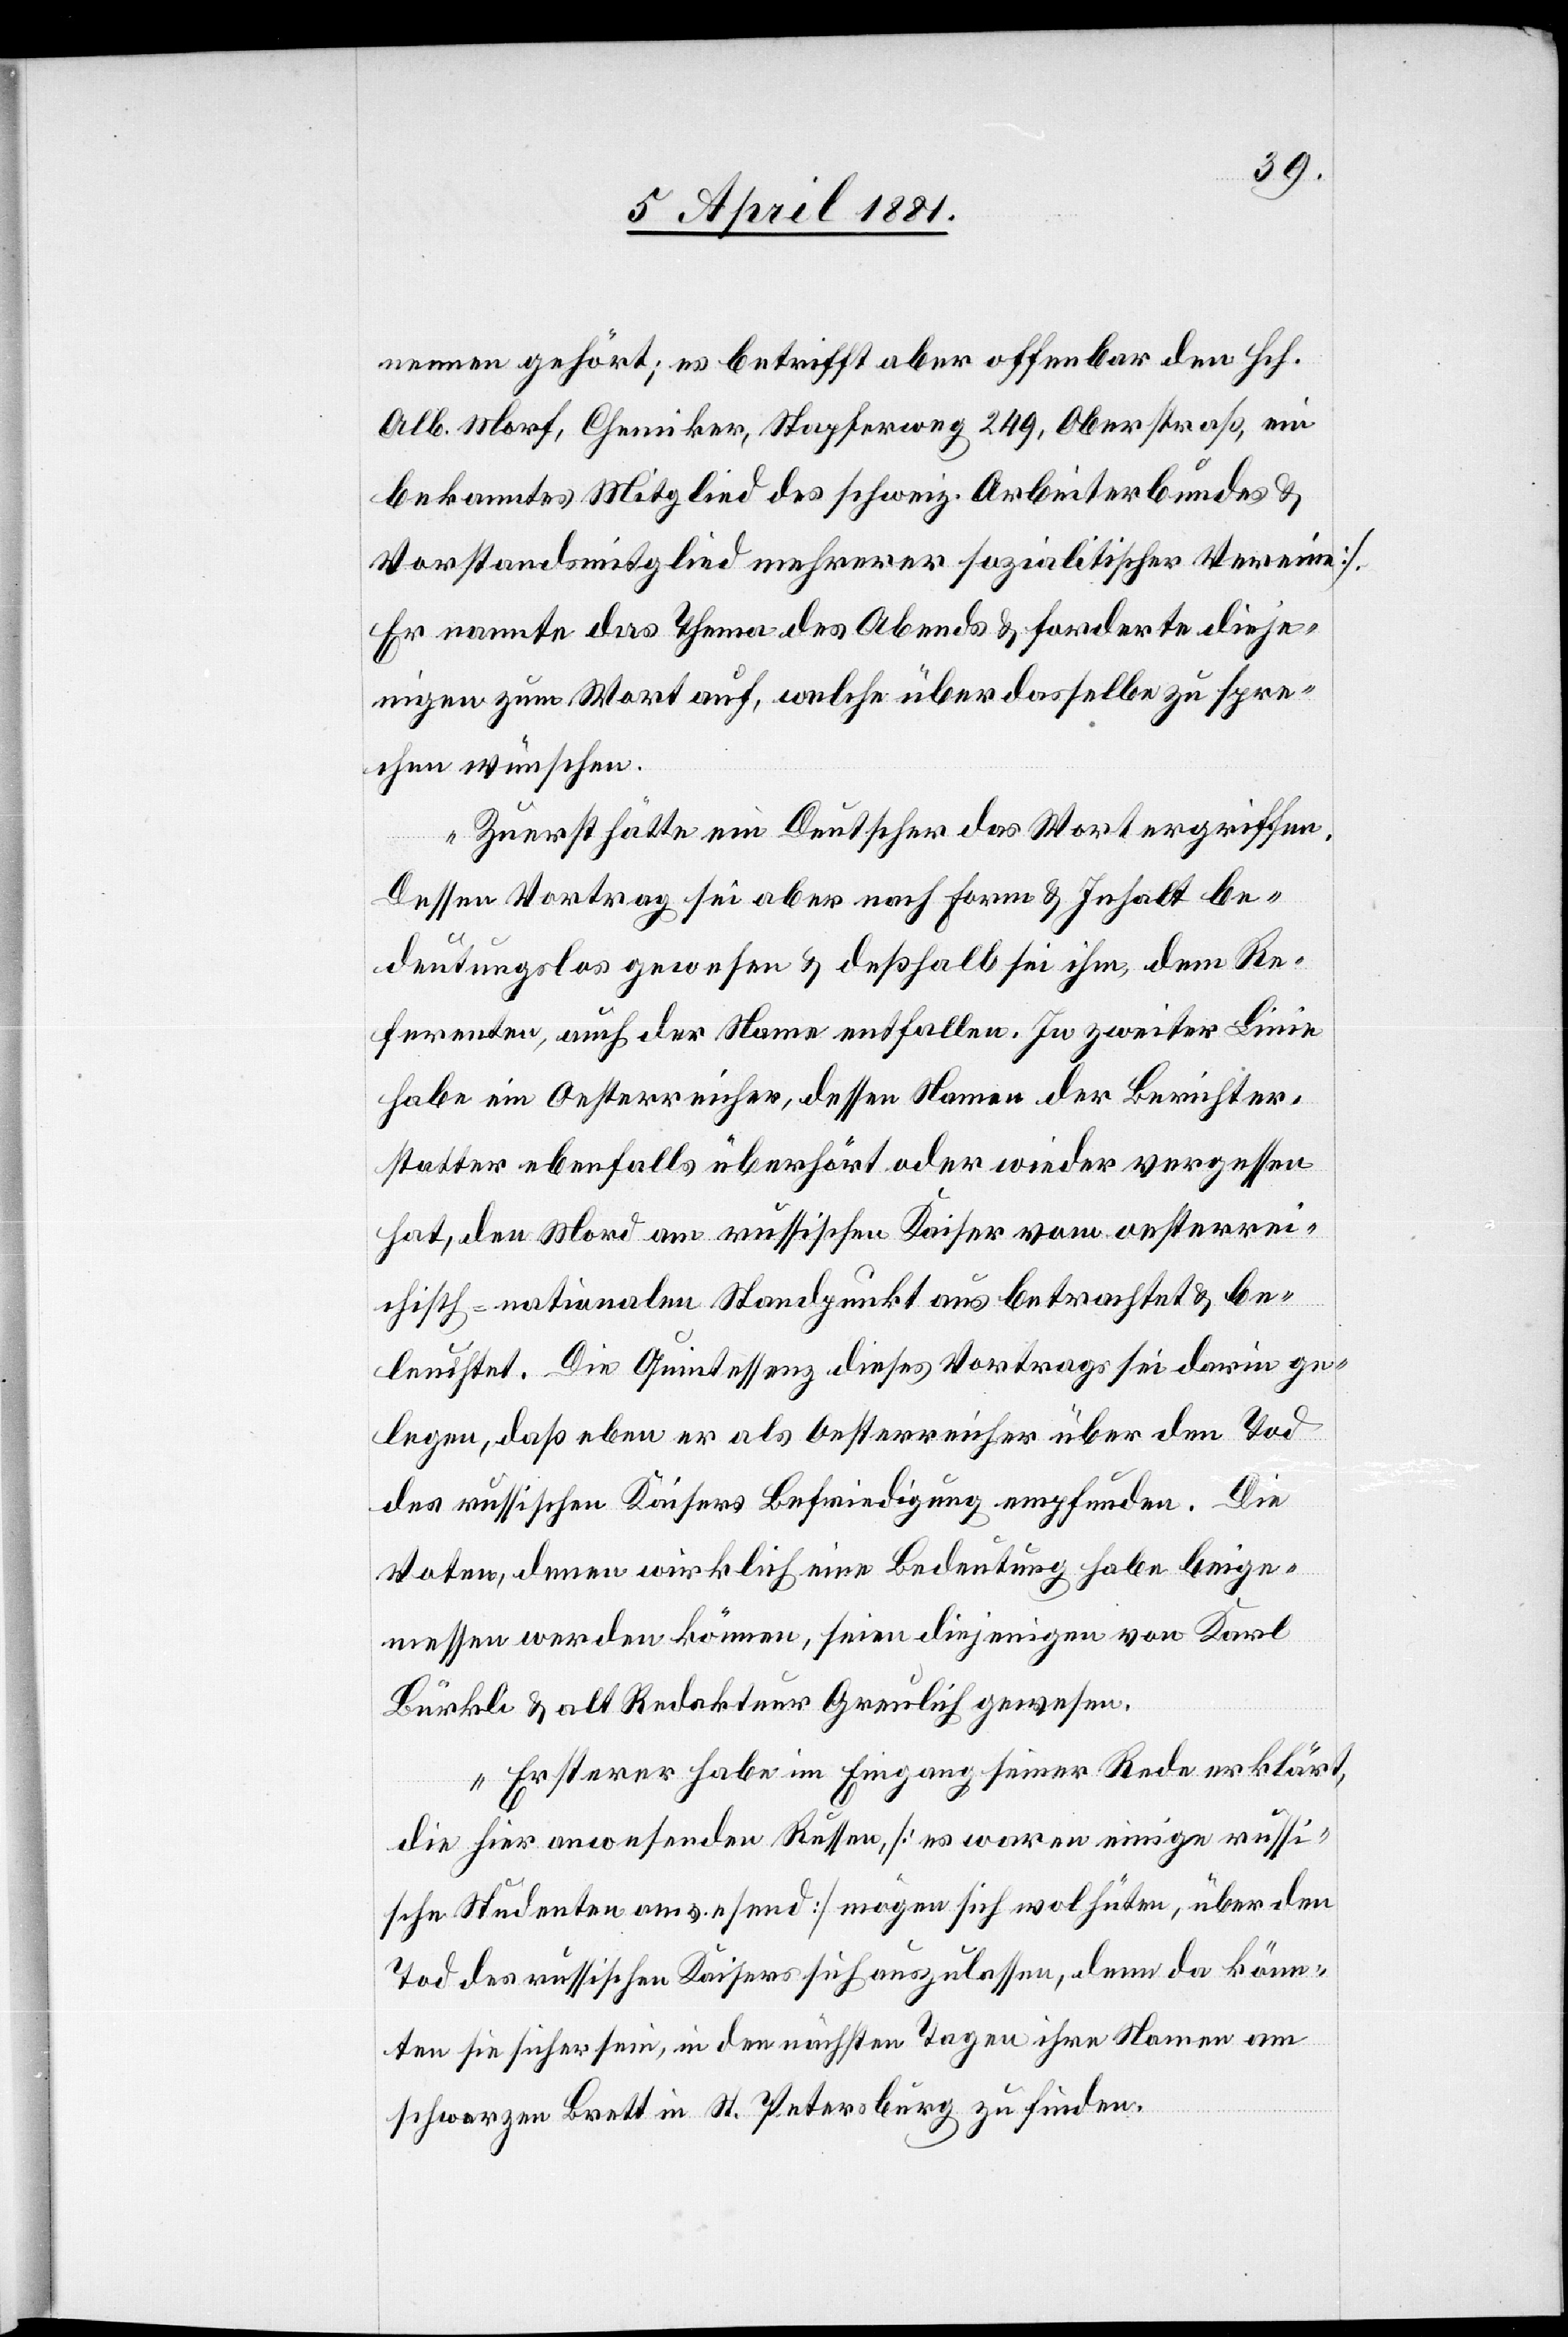
nennen gehört; es betrifft aber offenbar den Hch.
Alb. Morf, Chemiker, Stapferweg 249, Oberstraß, ein
bekanntes Mitglied des schweiz. Arbeiterbundes &
Vorstandsmitglied mehrerer soziali[s]tischer Vereine].
Er nannte das Thema des Abends & forderte dieje¬
nigen zum Wort auf, welche über dasselbe zu spre¬
chen wünschen.
Zuerst hätte ein Deutscher das Wort ergriffen.
Dessen Vortrag sei aber nach Form & Inhalt be¬
deutungslos gewesen & deßhalb sei ihm, dem Re¬
ferenten, auch der Name entfallen. In zweiter Linie
habe ein Oesterreicher, dessen Name der Berichter¬
statter ebenfalls überhört oder wieder vergessen
hat, den Mord am russischen Kaiser vom oesterrei¬
chisch-nationalen Standpunkt aus betrachtet & be¬
leuchtet. Die Quintessenz dieses Vortrags sei darin ge¬
legen, daß eben er als Oesterreicher über den Tod
des russischen Kaisers Befriedigung empfunden. Die
Voten, denen wirklich eine Bedeutung habe beige¬
messen werden können, seien diejenigen von Karl
Bürkli & alt Redakteur Greulich gewesen.
Ersterer habe im Eingang seiner Rede erklärt,
die hier anwesenden Russen, [es waren einige russi¬
sche Studenten anwesend] mögen sich wol hüten, über den
Tod des russischen Kaisers sich auszulassen, denn da könn¬
ten sie sicher sein, in den nächsten Tagen ihre Namen am
schwarzen Brett in St. Petersburg zu finden.